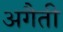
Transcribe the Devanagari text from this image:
अगैती